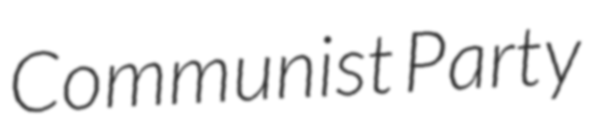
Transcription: Communist Party